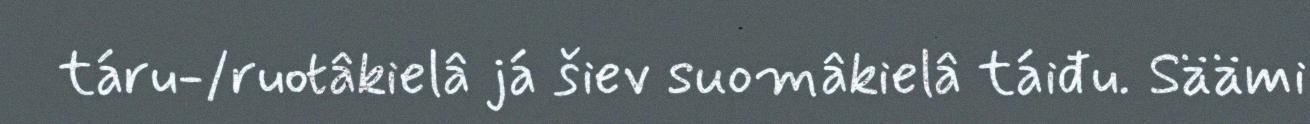
táru-/ruotâkielâ já šiev suomâkielâ táiđu. Säämi